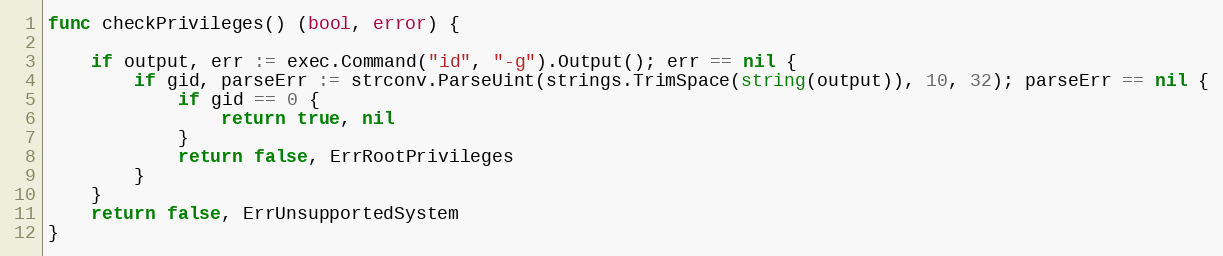
Language: Go
func checkPrivileges() (bool, error) {

	if output, err := exec.Command("id", "-g").Output(); err == nil {
		if gid, parseErr := strconv.ParseUint(strings.TrimSpace(string(output)), 10, 32); parseErr == nil {
			if gid == 0 {
				return true, nil
			}
			return false, ErrRootPrivileges
		}
	}
	return false, ErrUnsupportedSystem
}